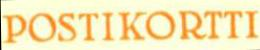
POSTIKORTTI